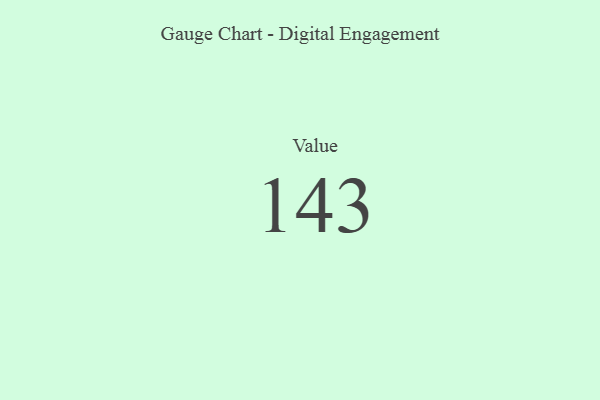
{"axis": {"x": "Metric", "y": "Value"}, "legend": [""], "data": [{"x": "Value", "y": 143, "type": ""}]}